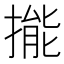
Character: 㨢